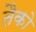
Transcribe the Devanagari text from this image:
तैको